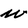
Character: w